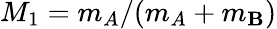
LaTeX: M_{1}=m_{A}/(m_{A}+m_{\mathbf{B}})